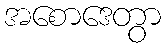
အစောဒေတွာ